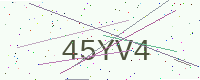
Text: 45YV4